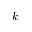
k